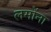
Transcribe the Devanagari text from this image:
लमोंना